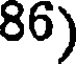
86)